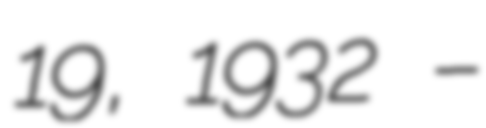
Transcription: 19, 1932 –